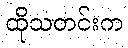
ထိုသတင်းက